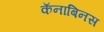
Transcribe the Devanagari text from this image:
कॅनाबिनस